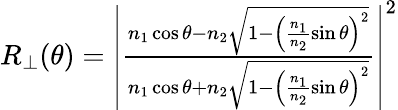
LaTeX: \begin{array}{r}{R_{\perp}(\theta)=\left|\frac{n_{1}\cos\theta-n_{2}\sqrt{1-\left(\frac{n_{1}}{n_{2}}\sin\theta\right)^{2}}}{n_{1}\cos\theta+n_{2}\sqrt{1-\left(\frac{n_{1}}{n_{2}}\sin\theta\right)^{2}}}\right|^{2}}\end{array}